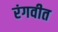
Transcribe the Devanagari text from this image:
रंगवीत